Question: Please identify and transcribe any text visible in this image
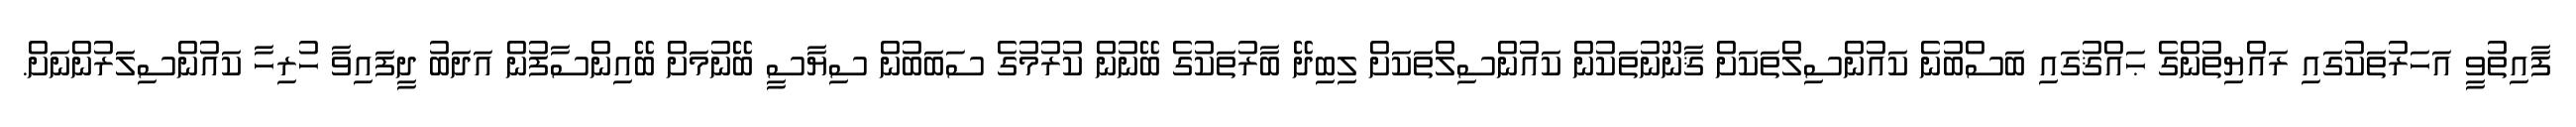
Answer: ފާއިތުވީ އަހަރުތަކުގައި ރައްޔިތުންގެ ޙައްޤުގައި ބަސްބުނެ ކައުންސިލްތަކަށް ޤާނޫނުތަކުން ކައުންސިލްތަކަށް ލިބިދޭ ބާރުތަކުގެ ބޭނުން ކުރުމުގެ ސަބަބުން ސިޔާސީ ބޭނުމަށް ބޭއިންސާފުން އަދަބު ދީފައިވާ ހުރިހާ ކައުންސިލަރުންނަށް.